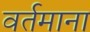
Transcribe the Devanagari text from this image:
वर्तमाना